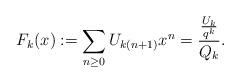
LaTeX: \begin{align*} F_{k}(x):=\sum_{n\geq 0}U_{k(n+1)}x^{n}={{U_{k}\over q^{k}}\over Q_{k}}. \end{align*}